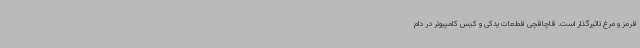
قرمز و مرغ تاثیرگذار است. قاچاقچی قطعات یدکی و کیس کامپیوتر در دام